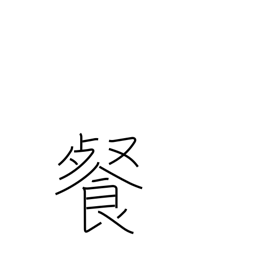
Meaning: swallow